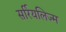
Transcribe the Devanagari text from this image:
सर्रियलिज्म